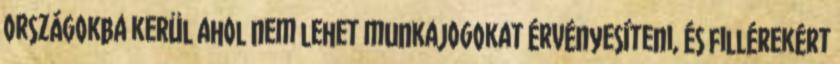
országokba kerül ahol nem lehet munkajogokat érvényesíteni, és fillérekért